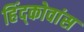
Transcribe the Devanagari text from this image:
हिंद्कोवांस